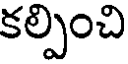
కల్పించి